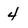
Character: 4